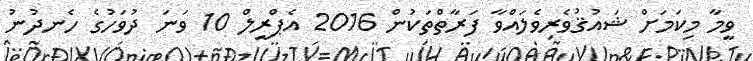
ވީމާ މިކަމަށް ޝައުޤުވެރިވެލައްވާ ފަރާތްތަކުން 2016 އެޕްރީލް 10 ވަނަ ދުވަހުގެ ހެނދުނު